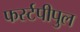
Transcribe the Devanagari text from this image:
फर्स्टपीपुल